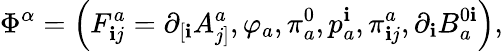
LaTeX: \Phi^{\alpha}=\left(F_{\mathbf{i}j}^{a}=\partial_{\left[\mathbf{i}\right.}A_{\left.j\right]}^{a},\varphi_{a},\pi_{a}^{0},p_{a}^{\mathbf{i}},\pi_{\mathbf{i}j}^{a},\partial_{\mathbf{i}}B_{a}^{0\mathbf{i}}\right),